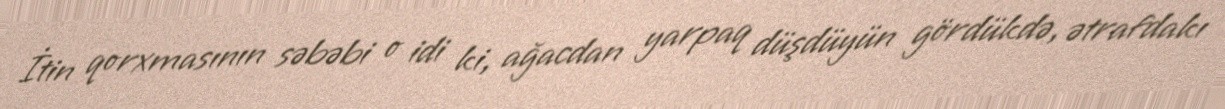
İtin qorxmasının səbəbi o idi ki, ağacdan yarpaq düşdüyün gördükdə, ətrafdakı